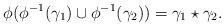
LaTeX: \begin{align*}\phi(\phi^{-1}(\gamma_1)\cup\phi^{-1}(\gamma_2))=\gamma_1\star\gamma_2.\end{align*}